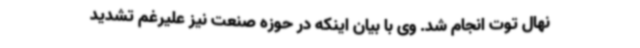
نهال توت انجام شد. وی با بیان اینکه در حوزه صنعت نیز علیرغم تشدید